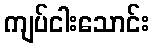
ကျပ်ငါးသောင်း